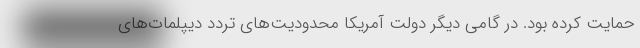
حمایت کرده بود. در گامی دیگر دولت آمریکا محدودیت‌های تردد دیپلمات‌های